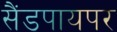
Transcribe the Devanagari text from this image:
सैंडपायपर